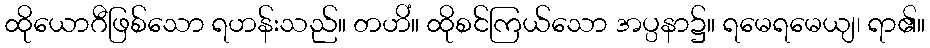
ထိုယောဂီဖြစ်သော ရဟန်းသည်။ တဟိံ။ ထိုစင်ကြယ်သော အပ္ပနာ၌။ ရမေရမေယျ၊ ရာ၏။